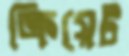
ক্রিয়েট